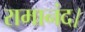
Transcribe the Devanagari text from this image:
रामानंद।